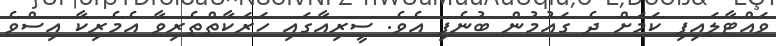
ވައްޓާލައިފި ކަމަށް ދެ ގައުމުން ބުނެފި އެވެ. ސީރިއާގައި ހަރަކާތްތެރިވާ އެމެރިކާ އިސްވެ